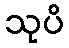
သုပိ